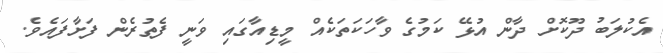
އެކުލަބު ދޫކޮށް ދާން އުޅޭ ކަމުގެ ވާހަކަތަކެއް މީޑިއާގައި ވަނީ ފެތުރެން ފަށާފައެވެ.